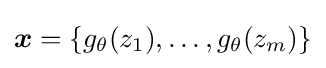
{\boldsymbol {x}}=\{g_{\theta }(z_{1}),\ldots ,g_{\theta }(z_{m})\}